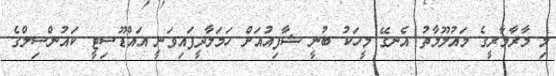
މި މާރާމާރީގެ މައުލޫމާތު އެނގޭ މީހަކު ބުނީ ޝާފިއުއަށް ހަމަލާދީފައިވަނީ އައްޑޫސިޓީ ކައުންސިލްގެ